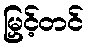
မြှင့်တင်